Lunatic asylums in Bengal annual reports 1899-1911 - 1899-1911
Year: 1899
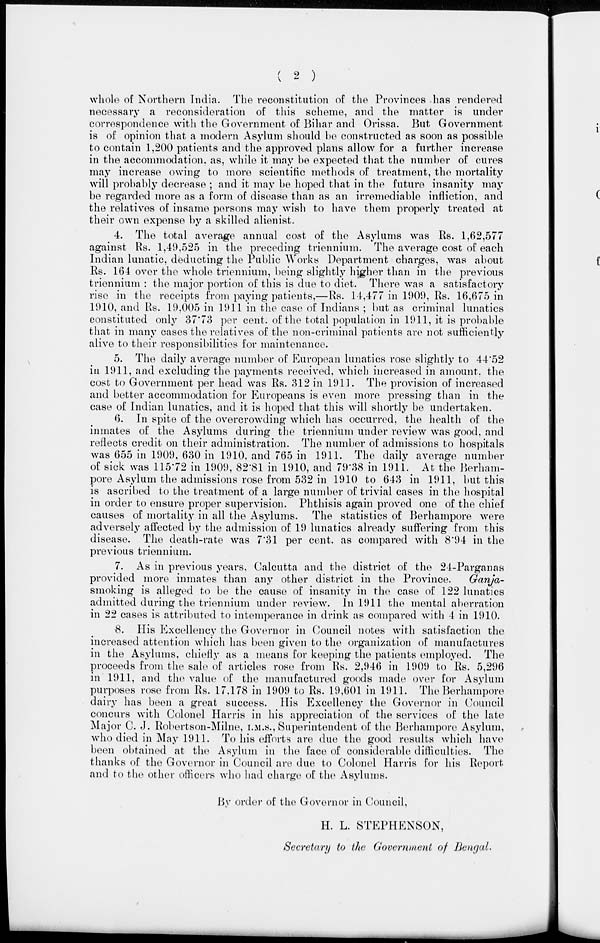
( 2 )
whole of Northern India. The reconstitution of the Provinces has rendered
necessary a reconsideration of this scheme, and the matter is under
correspondence with the Government of Bihar and Orissa. But Government
is of opinion that a modern Asylum should be constructed as soon as possible
to contain 1,200 patients and the approved plans allow for a further increase
in the accommodation, as, while it may be expected that the number of cures
may increase owing to more scientific methods of treatment, the mortality
will probably decrease ; and it may be hoped that in the future insanity may
be regarded more as a form of disease than as an irremediable infliction, and
the relatives of insame persons may wish to have them properly treated at
their own expense by a skilled alienist.
4. The total average annual cost of the Asylums was Rs. 1,62,577
against Rs. 1,49,525 in the preceding triennium. The average cost of each
Indian lunatic, deducting the Public Works Department charges, was about
Rs. 164 over the whole triennium, being slightly higher than in the previous
triennium : the major portion of this is due to diet. There was a satisfactory
rise in the receipts from paying patients,—Rs. 14,477 in 1909, Rs. 16,675 in
1910, and Rs. 19,005 in 1911 in the case of Indians ; but as criminal lunatics
constituted only 37.73 per cent. of the total population in 1911, it is probable
that in many cases the relatives of the non-criminal patients are not sufficiently
alive to their responsibilities for maintenance.
5. The daily average number of European lunatics rose slightly to 44.52
in 1911, and excluding the payments received, which increased in amount. the
cost to Government per head was Rs. 312 in 1911. The provision of increased
and better accommodation for Europeans is even more pressing than in the
case of Indian lunatics, and it is hoped that this will shortly be undertaken.
6. In spite of the overcrowding which has occurred, the health of the
inmates of the Asylums during the triennium under review was good, and
reflects credit on their administration. The number of admissions to hospitals
was 655 in 1909, 630 in 1910, and 765 in 1911. The daily average number
of sick was 115.72 in 1909, 82.81 in 1910, and 79.38 in 1911. At the Berham-
pore Asylum the admissions rose from 532 in 1910 to 643 in 1911, but this
is ascribed to the treatment of a large number of trivial cases in the hospital
in order to ensure proper supervision. Phthisis again proved one of the chief
causes of mortality in all the Asylums. The statistics of Berhampore were
adversely affected by the admission of 19 lunatics already suffering from this
disease. The death-rate was 7.31 per cent. as compared with 8.94 in the
previous triennium.
7. As in previous years, Calcutta and the district of the 24-Parganas
provided more inmates than any other district in the Province.
Ganja-
smoking is alleged to be the cause of insanity in the case of 122 lunatics
admitted during the triennium under review. In 1911 the mental aberration
in 22 cases is attributed to intemperance in drink as compared with 4 in 1910.
8. His Excellency the Governor in Council notes with satisfaction the
increased attention which has been given to the organization of manufactures
in the Asylums, chiefly as a means for keeping the patients employed. The
proceeds from the sale of articles rose from Rs. 2,946 in 1909 to Rs. 5,296
in 1911, and the value of the manufactured goods made over for Asylum
purposes rose from Rs. 17.178 in 1909 to Rs. 19,601 in 1911. The Berhampore
dairy has been a great success. His Excellency the Governor in Council
concurs with Colonel Harris in his appreciation of the services of the late
Major C. J. Robertson-Milne, I.M.S., Superintendent of the Berhampore Asylum,
who died in May 1911. To his efforts are due the good results which have
been obtained at the Asylum in the face of considerable difficulties. The
thanks of the Governor in Council are due to Colonel Harris for his Report
and to the other officers who had charge of the Asylums.
By order of the Governor in Council,
H. L. STEPHENSON,
Secretary to the Government of Bengal.